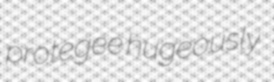
protegee hugeously